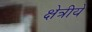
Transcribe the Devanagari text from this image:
क्षेत्रीये